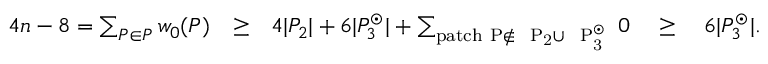
\begin{array} { r l r } { 4 n - 8 = \sum _ { P \in { \ensuremath { \cal P } } } w _ { 0 } ( P ) } & { \geq } & { 4 | { \ensuremath { \cal P } } _ { 2 } | + 6 | { \ensuremath { \cal P } } _ { 3 } ^ { \odot } | + \sum _ { \mathrm { p a t c h ~ P \not \in ~ { \ensuremath { \cal ~ P } } _ 2 \cup ~ { \ensuremath { \cal ~ P } } _ 3 ^ \odot ~ } } 0 \quad \geq \quad 6 | { \ensuremath { \cal P } } _ { 3 } ^ { \odot } | . } \end{array}